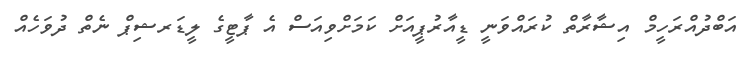
އަބްދުއްރަހީމް އިޝާރާތް ކުރައްވަނީ ޑީއާރުޕީއަށް ކަމަށްވިއަސް އެ ޕާޓީގެ ލީޑަރޝިޕް ނެތް ދުވަހެއް